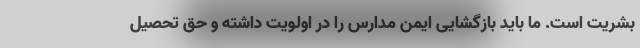
بشریت است. ما باید بازگشایی ایمن مدارس را در اولویت داشته و حق تحصیل